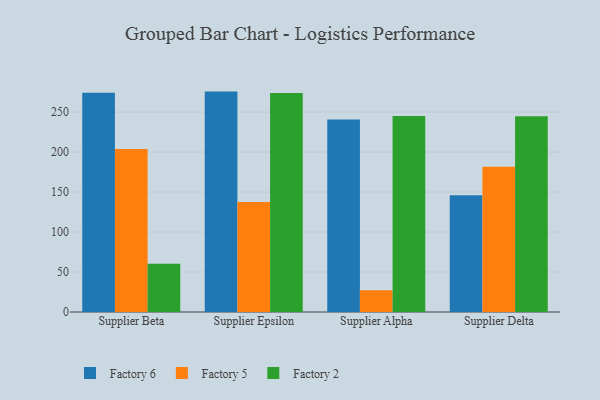
{"axis": {"x": "Supplier", "y": "Operating Costs (USD K)"}, "legend": ["Factory 2", "Factory 5", "Factory 6"], "data": [{"x": "Supplier Beta", "y": 274.2, "type": "Factory 6"}, {"x": "Supplier Beta", "y": 203.8, "type": "Factory 5"}, {"x": "Supplier Beta", "y": 60.3, "type": "Factory 2"}, {"x": "Supplier Epsilon", "y": 275.6, "type": "Factory 6"}, {"x": "Supplier Epsilon", "y": 137.5, "type": "Factory 5"}, {"x": "Supplier Epsilon", "y": 273.9, "type": "Factory 2"}, {"x": "Supplier Alpha", "y": 240.8, "type": "Factory 6"}, {"x": "Supplier Alpha", "y": 27.2, "type": "Factory 5"}, {"x": "Supplier Alpha", "y": 245.2, "type": "Factory 2"}, {"x": "Supplier Delta", "y": 146.1, "type": "Factory 6"}, {"x": "Supplier Delta", "y": 181.7, "type": "Factory 5"}, {"x": "Supplier Delta", "y": 244.8, "type": "Factory 2"}]}